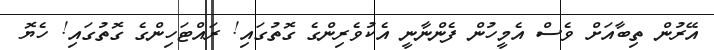
އޭރުން ތިބާއަށް ވެސް އެމީހުން ފެންނާނީ އެކުވެރިންގެ ގޮތުގައި! ރައްޓަހިންގެ ގޮތުގައި! ހެޔޮ